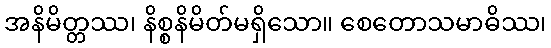
အနိမိတ္တဿ၊ နိစ္စနိမိတ်မရှိသော။ စေတောသမာဓိဿ၊